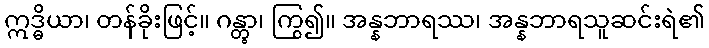
ဣဒ္ဓိယာ၊ တန်ခိုးဖြင့်။ ဂန္တွာ၊ ကြွ၍။ အန္နဘာရဿ၊ အန္နဘာရသူဆင်းရဲ၏